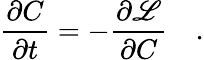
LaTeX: \frac{\partial C}{\partial t}=-\frac{\partial\mathscr{L}}{\partial C}\quad.